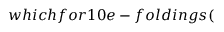
w h i c h f o r 1 0 e - f o l d i n g s (